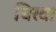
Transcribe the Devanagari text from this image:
चिरवा